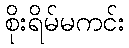
စိုးရိမ်မကင်း